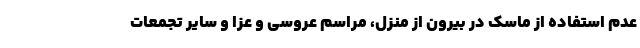
عدم استفاده از ماسک در بیرون از منزل، مراسم عروسی و عزا و سایر تجمعات